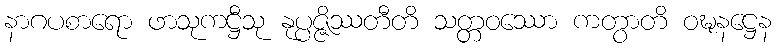
နာဂပစာရော ဖာသုကဋ္ဌီသု နုပ္ပဇ္ဇိဿတီတိ သတ္တဝဿော ကတွာတိ ဝဍ္ဎနဋ္ဌေန